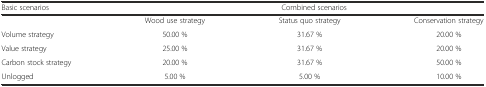
<table><thead><tr><td><b>Basic scenarios</b></td><td colspan="3"><b>Combined scenarios</b></td></tr></thead><tbody><tr><td></td><td>Wood use strategy</td><td>Status quo strategy</td><td>Conservation strategy</td></tr><tr><td>Volume strategy</td><td>50.00 %</td><td>31.67 %</td><td>20.00 %</td></tr><tr><td>Value strategy</td><td>25.00 %</td><td>31.67 %</td><td>20.00 %</td></tr><tr><td>Carbon stock strategy</td><td>20.00 %</td><td>31.67 %</td><td>50.00 %</td></tr><tr><td>Unlogged</td><td>5.00 %</td><td>5.00 %</td><td>10.00 %</td></tr></tbody></table>